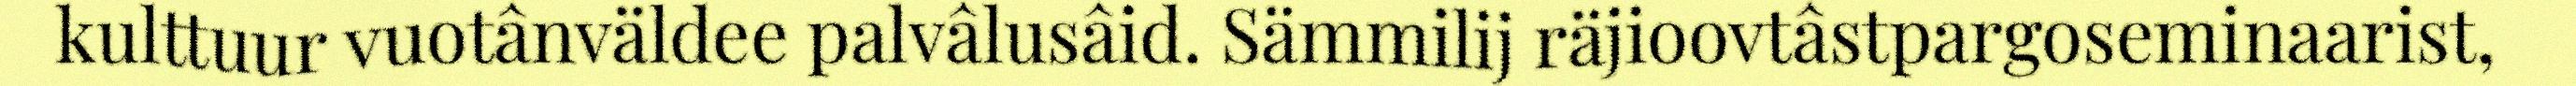
kulttuur vuotânväldee palvâlusâid. Sämmilij räjioovtâstpargoseminaarist,